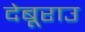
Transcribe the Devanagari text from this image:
देबूराउ